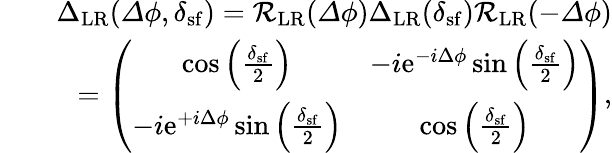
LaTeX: \begin{array}{rlr}&{}&{{\Delta}_{\mathrm{LR}}({\mathit\Delta\phi},\delta_{\mathrm{sf}})=\mathcal{R}_{\mathrm{LR}}({\mathit\Delta\phi}){\Delta}_{\mathrm{LR}}(\delta_{\mathrm{sf}})\mathcal{R}_{\mathrm{LR}}(-{\mathit\Delta\phi})}\\ &{}&{=\left(\begin{array}{cc}{\cos\left(\frac{\delta_{\mathrm{sf}}}{2}\right)}&{-i\mathrm{e}^{-i\Delta\phi}\sin\left(\frac{\delta_{\mathrm{sf}}}{2}\right)}\\ {-i\mathrm{e}^{+i\Delta\phi}\sin\left(\frac{\delta_{\mathrm{sf}}}{2}\right)}&{\cos\left(\frac{\delta_{\mathrm{sf}}}{2}\right)}\end{array}\right),}\end{array}